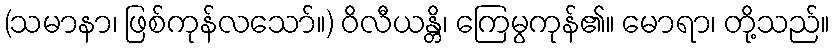
(သမာနာ၊ ဖြစ်ကုန်လသော်။) ဝိလီယန္တိ၊ ကြေမွကုန်၏။ မောရာ၊ တို့သည်။